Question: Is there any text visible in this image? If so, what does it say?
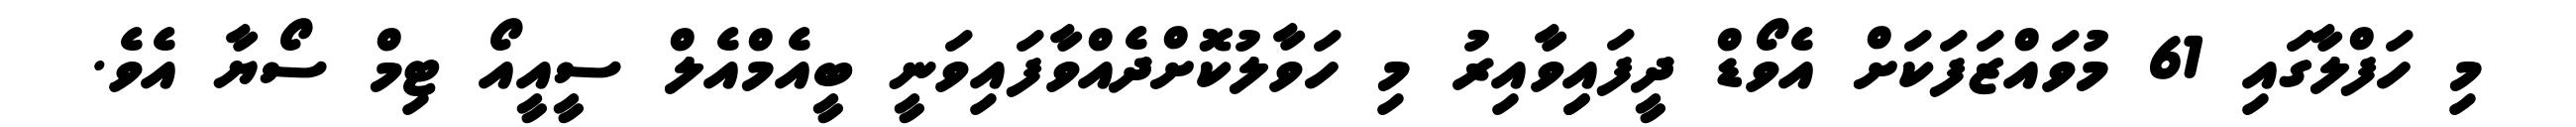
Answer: މި ހަފްލާގައި 61 މުވައްޒަފަކަށް އެވޯޑް ދީފައިިވާއިރު މި ހަވާލުކޮށްދެއްވާފައިވަނީ ބީއެމްއެލް ސީއީއޯ ޓިމް ސޯޔާ އެވެ.